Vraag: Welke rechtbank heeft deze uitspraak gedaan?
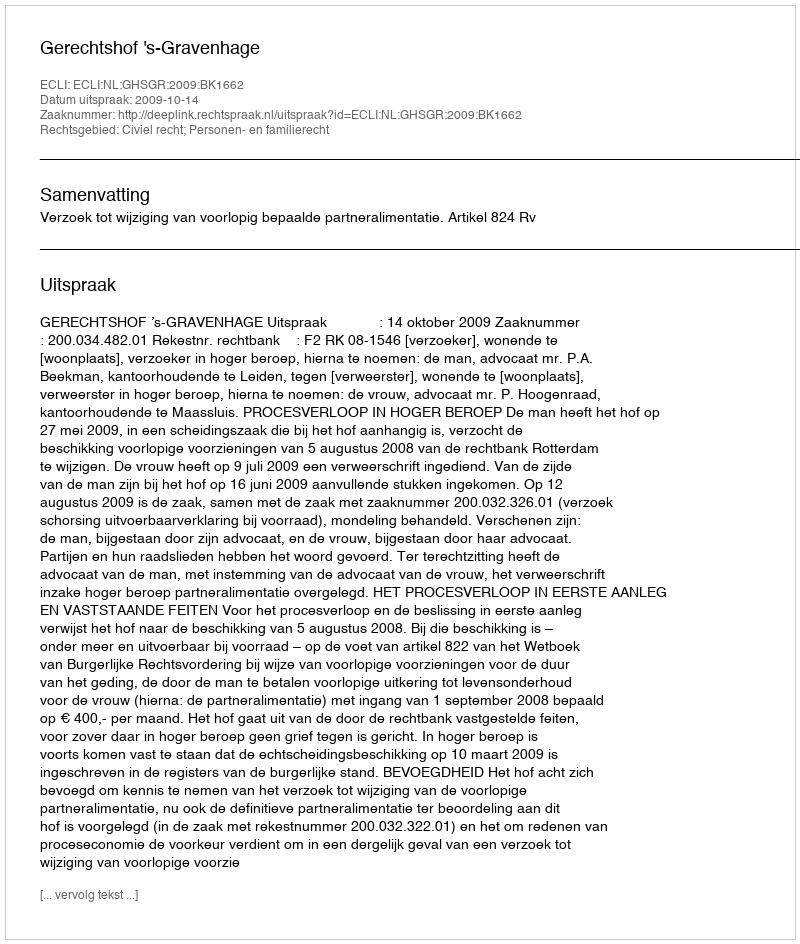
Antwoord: Gerechtshof 's-Gravenhage